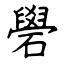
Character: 礐